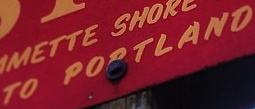
TO PORTLAND